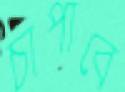
চাপাবে